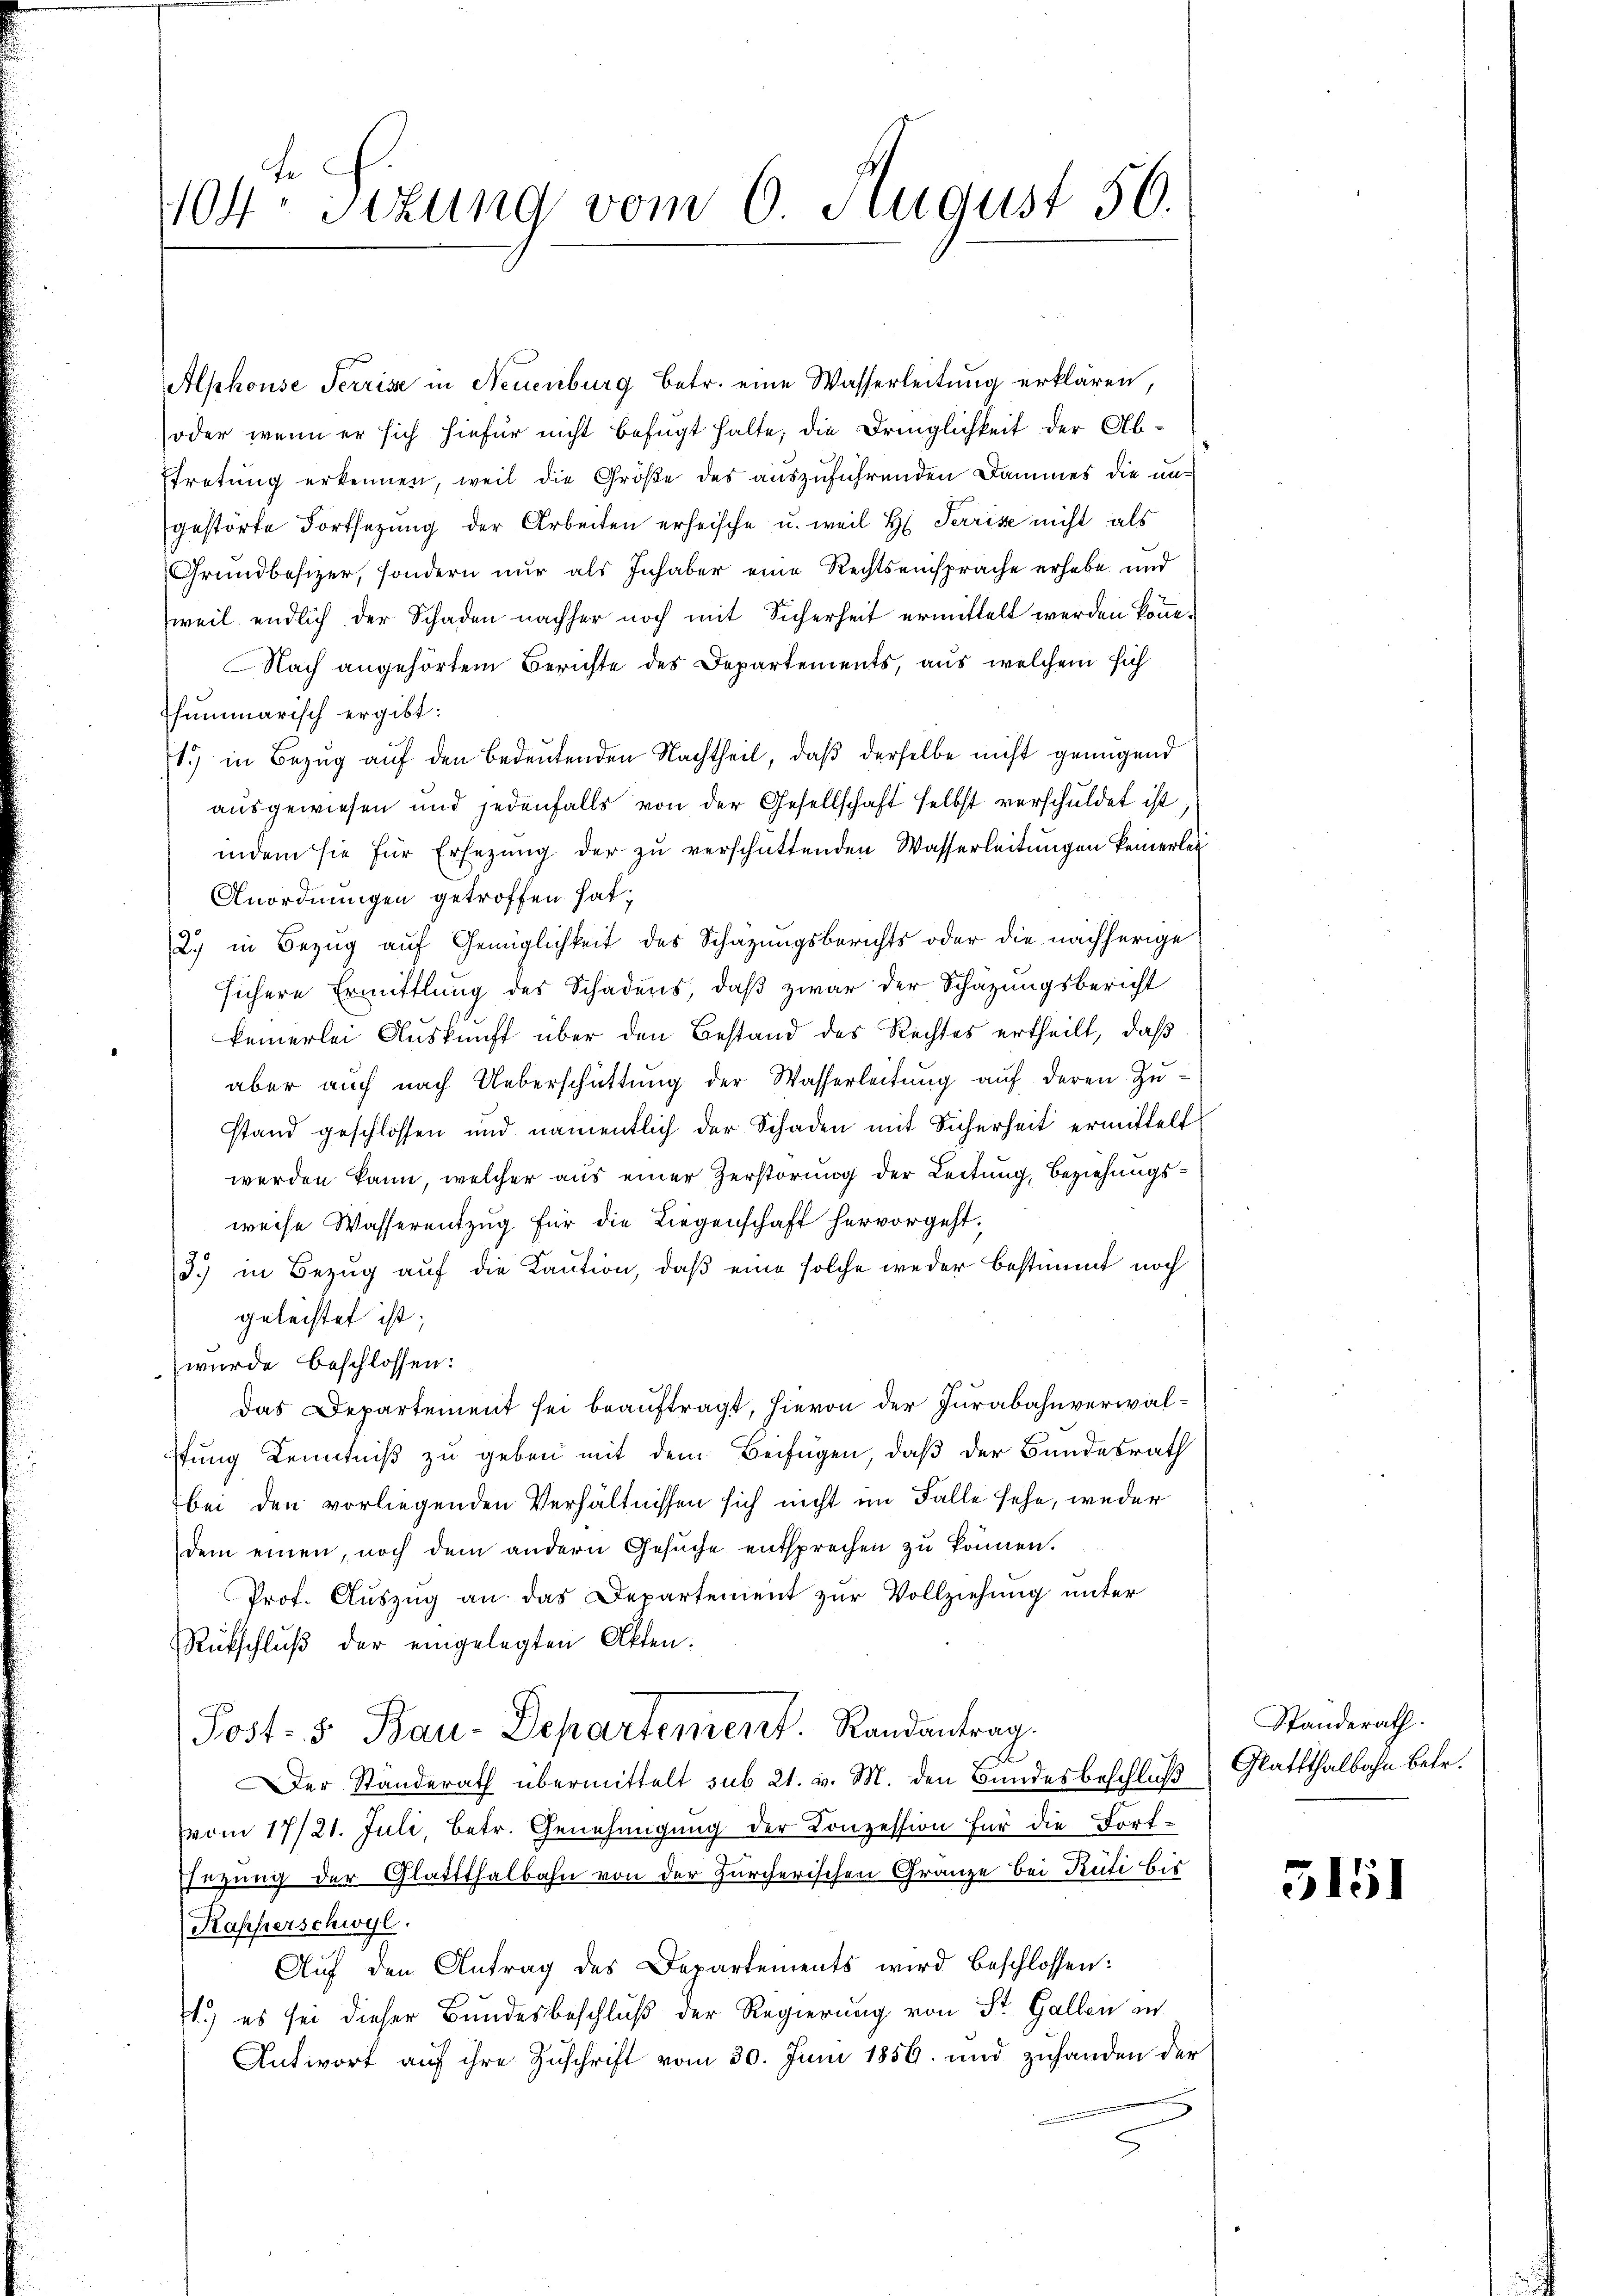
s
104. Sitzung vom 6. August 50.

Alphouse Serrise in Neuenburg betr. eine Wasserleitung erklären,
oder wenn er sich hiefür nicht befugt halte, die Dringlichkeit der Abtretung erkennen, weil die Größe des auszuführenden Dammes die ungestörte Fortsetzung der Arbeiten erheische u. weil h. Terrise nicht als
Grundbesizer, sondern nur als Inhaber eine Rechtseinsprache erhabe und
weil endlich der Schaden nachher noch mit Sicherheit ermittelt werden könne.
Nach angehörtem Berichte des Departements, aus welchem sich
Thummarisch ergibt:
1.) in Bezug auf den bedeutenden Nachtheil, daß derselbe nicht genügend
ausgewiesen und jedenfalls von der Gesellschaft selbst verschuldet ist
indem sie für Ersezung der zŭ verschüttenden Wasserleitŭngen keinerlei
Anordnungen getroffen hat;
2) in Bezug auf Genüglichkeit des Schazungsberichts oder die nachherige
sichere Ermittlung des Schadens, daß zwar der Schäzungsbericht
keinerlei Auskunft über den Bestand des Rechtes ertheilt, daß
aber auch nach Ueberschüttung der Wasserleitung auf deren Zustand geschlossen und namentlich der Schaden mit Sicherheit ermittelt
werden kann, welcher aus einer Zerstörung der Leitung, Beziehungsweise Wasserentzug für die Liegenschaft hervorgeht;
3.) in Bezug auf die Kaution, daß eine solche weder bestimmt noch
geleistet ist;
wurde beschlossen:
Das Departement sei beauftragt, hievon der Jurabahnverwalstung Kenntniß zu geben mit dem Beifügen, daß der Bundesrath
bei den vorliegenden Verhältnissen sich nicht im Falle sehe, weder
dem einen, noch dem andern Gesŭche entsprechen zŭ können.
Prof. Auszug an das Departement zur Vollziehung unter
Rütschluß der eingelegten Akten.
Post- & Bau-Departement. Randantrag
Der Standerath übermittelt sub 21. v. M. den Bundesbeschluß) Glattthalbahn betr.
Vom 17/21. Juli, betr. Genehmigung der Konzession für die Fort-
ssezung der Glattthalbahn von der Zürcherischen Gränze bei Rüti bis
Kapperschwyl.
Aŭf den Antrag des Departements wird beschlossen:
1.) es sei dieser Bundesbeschluß der Regierung von St. Gallen in
Antwort auf ihre Zuschrift vom 30. Juni 1856 und zuhanden der

Standerath.

3151